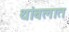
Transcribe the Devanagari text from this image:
थांबलात